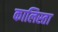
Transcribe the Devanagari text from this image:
कालिस्ता